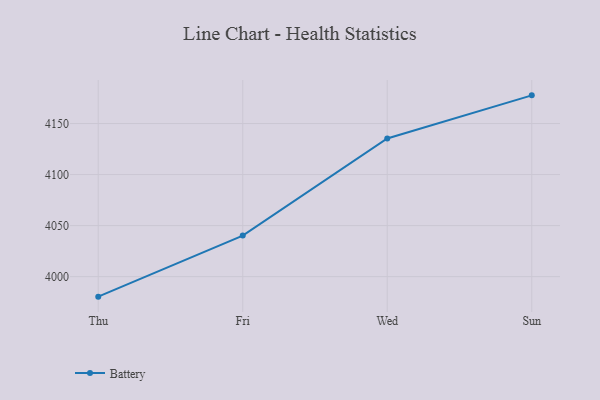
{"axis": {"x": "Day", "y": "Budget (USD K)"}, "legend": ["Battery"], "data": [{"x": "Thu", "y": 3980.4, "type": "Battery"}, {"x": "Fri", "y": 4040.2, "type": "Battery"}, {"x": "Wed", "y": 4135.4, "type": "Battery"}, {"x": "Sun", "y": 4177.6, "type": "Battery"}]}